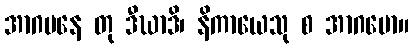
အာဂမနေ တု ဒီဃာဒိ၊ နိကာယေသု စ အာဂမော။